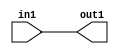
`timescale 1ps / 1ps

// Generated by Cadence Genus(TM) Synthesis Solution 17.11-s014_1
// Generated on: May  5 2021 02:12:17 CST (May  4 2021 18:12:17 UTC)

module DC_Filter_Add_10U_306_4(in1, out1);
  input [9:0] in1;
  output [9:0] out1;
  wire [9:0] in1;
  wire [9:0] out1;
  assign out1[0] = in1[0];
  assign out1[1] = in1[1];
  assign out1[2] = in1[2];
  assign out1[3] = in1[3];
  assign out1[4] = in1[4];
  assign out1[5] = in1[5];
  assign out1[6] = in1[6];
  assign out1[7] = in1[7];
  assign out1[8] = in1[8];
  assign out1[9] = in1[9];
endmodule